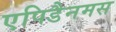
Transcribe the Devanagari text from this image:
एपिडैनमस